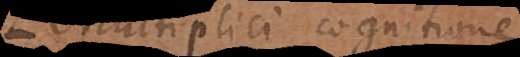
multiplici cognitione